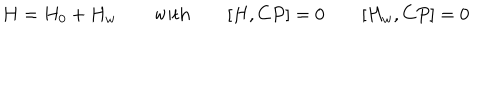
H = H _ { 0 } + H _ { w } \qquad \mathrm { w i t h } \qquad [ H , C P ] = 0 \qquad [ H _ { w } , C P ] = 0